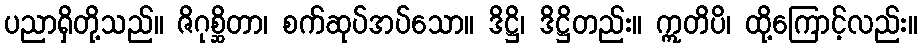
ပညာရှိတို့သည်။ ဇိဂုစ္ဆိတာ၊ စက်ဆုပ်အပ်သော။ ဒိဋ္ဌိ၊ ဒိဋ္ဌိတည်း။ ဣတိပိ၊ ထို့ကြောင့်လည်း။